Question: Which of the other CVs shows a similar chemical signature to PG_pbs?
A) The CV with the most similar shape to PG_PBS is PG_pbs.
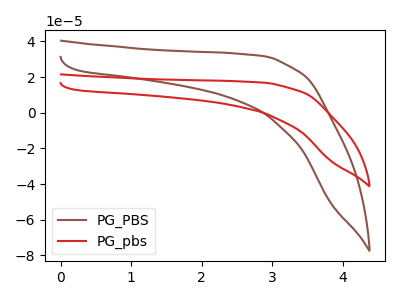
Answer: <think>The brown curve "PG_PBS" has no peaks. The red curve "PG_pbs" has no peaks.
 Neither "PG_PBS" or "PG_pbs" have any peaks.</think>
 <answer>A) The CV with the most similar shape to "PG_PBS" is "PG_pbs".</answer>
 <eval>A</eval>